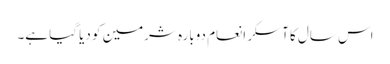
اس سال کا آسکر انعام دوبارہ شرمین کو دیا گیا ہے۔